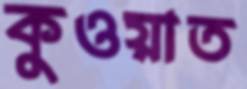
কুওয়াত